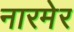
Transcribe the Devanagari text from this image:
नारमेर